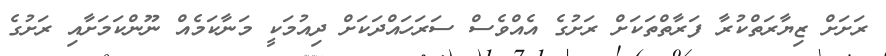
ރަށަށް ޒިޔާރަތްކުރާ ފަރާތްތަކަށް ރަށުގެ އެއްވެސް ސަރަހައްދަކަށް ދިއުމަކީ މަނާކަމެއް ނޫންކަމަށާއި ރަށުގެ